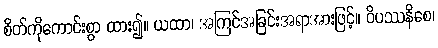
စိတ်ကိုကောင်းစွာ ထား၍။ ယထာ၊ အကြင်အခြင်းအရာအားဖြင့်။ ဝိပဿနိစေ၊